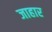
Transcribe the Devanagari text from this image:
जाहार